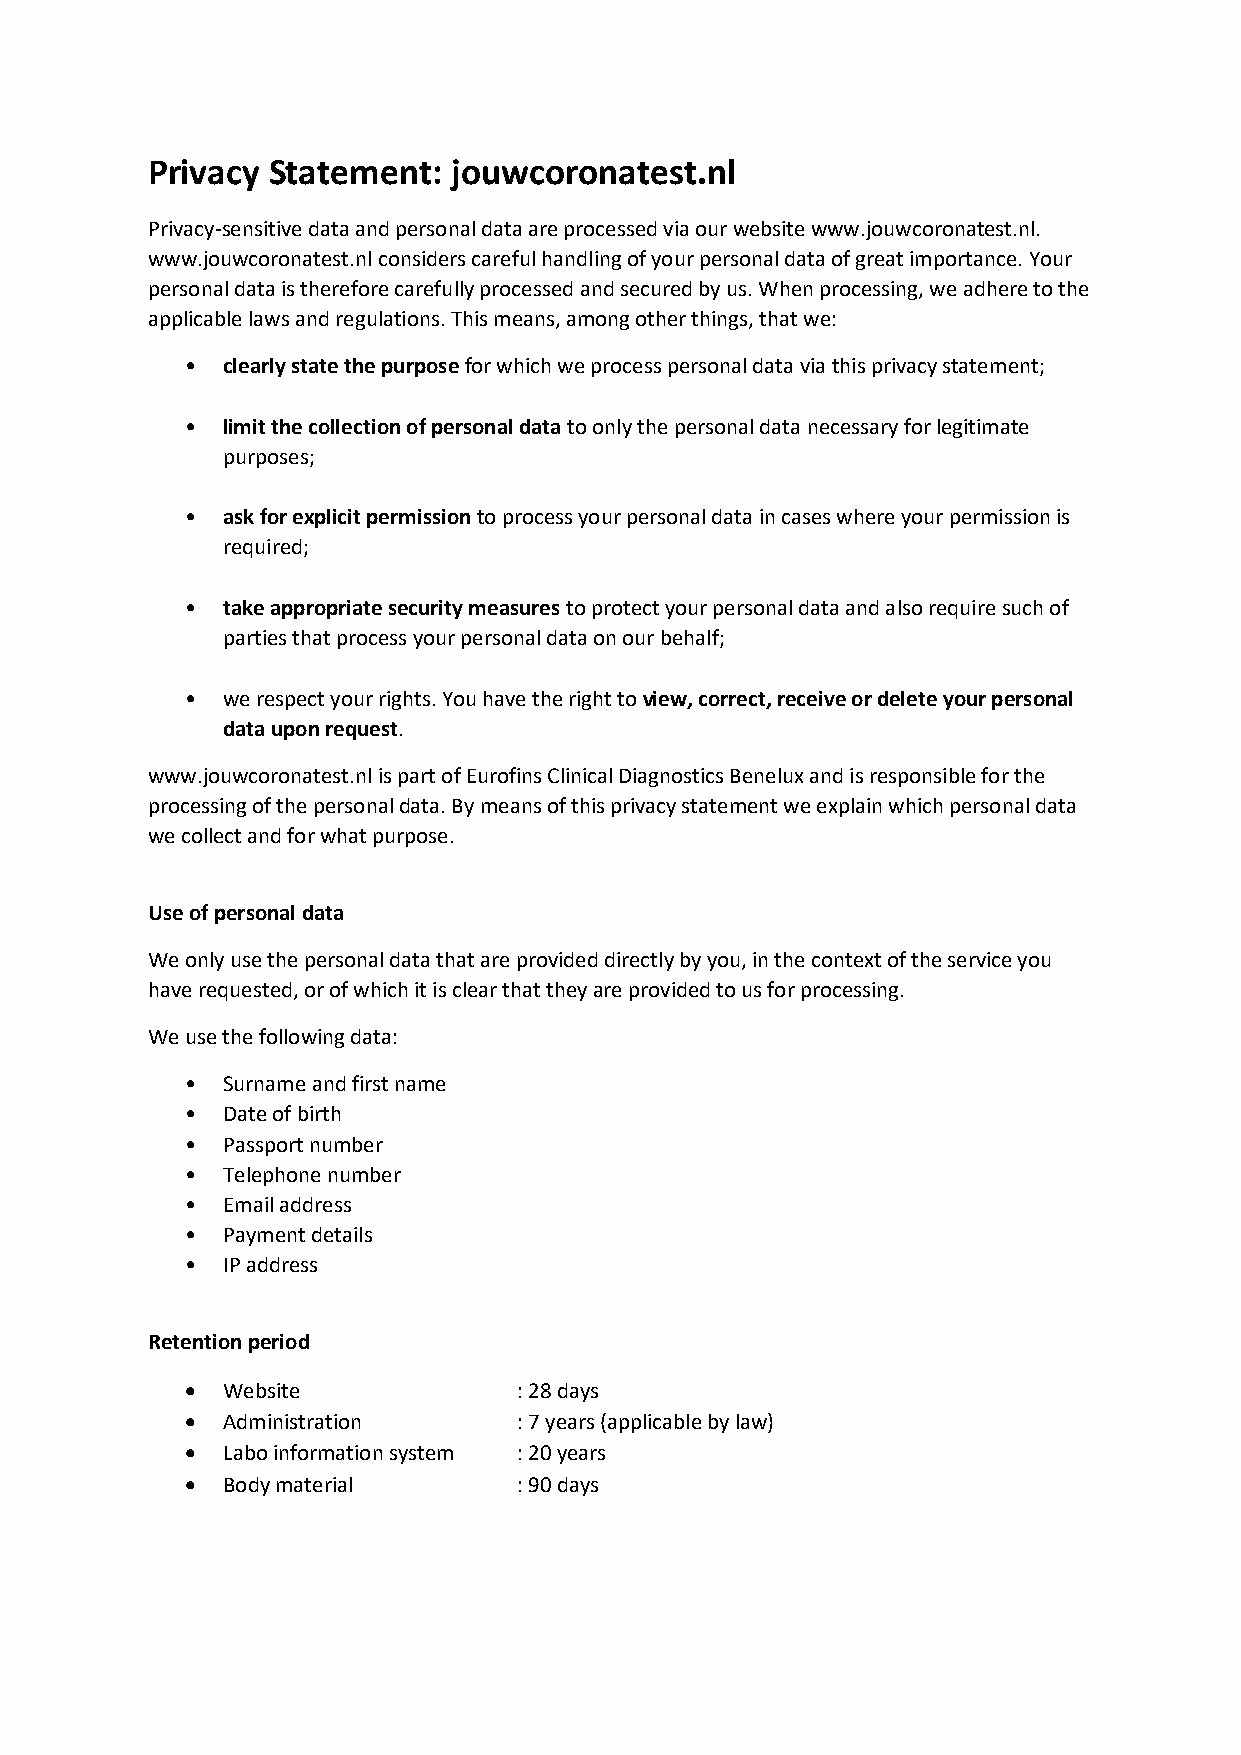
Privacy Statement:  jouwcoronatest.nl
 Privacy-sensitive data and personal data are processed via our website www.jouwcoronatest.nl.
 www.jouwcoronatest.nl considers careful handling of your personal data of great importance. Your
 personal data is therefore carefully processed and secured by us. When processing, we adhere to the
 applicable laws and regulations. This means, among other things, that we:
 •  clearly state the purpose for which we process personal data via this privacy statement;
 •  limit the collection of personal data to only the personal data necessary for legitimate
 purposes;
 •  ask for explicit permission to process your personal data in cases where your permission is
 required;
 •  take appropriate security measures to protect your personal data and also require such of
 parties that process your personal data on our behalf;
 •  we respect your rights. You have the right to view, correct, receive or delete your personal
 data upon request.
 www.jouwcoronatest.nl is part of Eurofins Clinical Diagnostics Benelux and is responsible for the
 processing of the personal data. By means of this privacy statement we explain which personal data
 we collect and for what purpose.
 Use of personal data
 We only use the personal data that are provided directly by you, in the context of the service you
 have requested, or of which it is clear that they are provided to us for processing.
 We use the following data:
 •  Surname and first name
 •  Date of birth
 •  Passport number
 •  Telephone number
 •  Email address
 •  Payment details
 •  IP address
 Retention period
 •  Website            : 28 days
 •  Administration     : 7 years (applicable by law)
 •  Labo information system : 20 years
 •  Body material      : 90 days